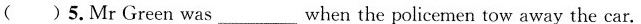
( )5.MrGreen was___when the policemen tow away the car.